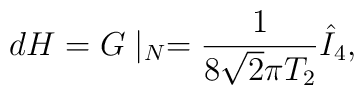
d H = G\mid_N = {1\over 8\sqrt{2} \pi T_2} \hat{I}_4,